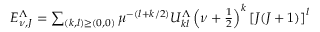
\begin{array} { r } { E _ { \nu , J } ^ { \Lambda } = \sum _ { ( k , l ) \geq ( 0 , 0 ) } \mu ^ { - ( l + k / 2 ) } U _ { k l } ^ { \Lambda } \left( \nu + \frac { 1 } { 2 } \right) ^ { k } \left[ J ( J + 1 ) \right] ^ { l } } \end{array}